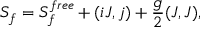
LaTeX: S _ { f } = S _ { f } ^ { f r e e } + ( i { \cal J } , j ) + { \frac { g } { 2 } } ( { \cal J } , { \cal J } ) ,